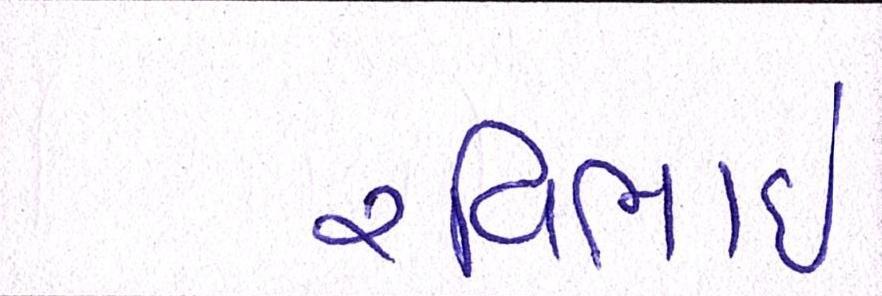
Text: રવિભાઇ